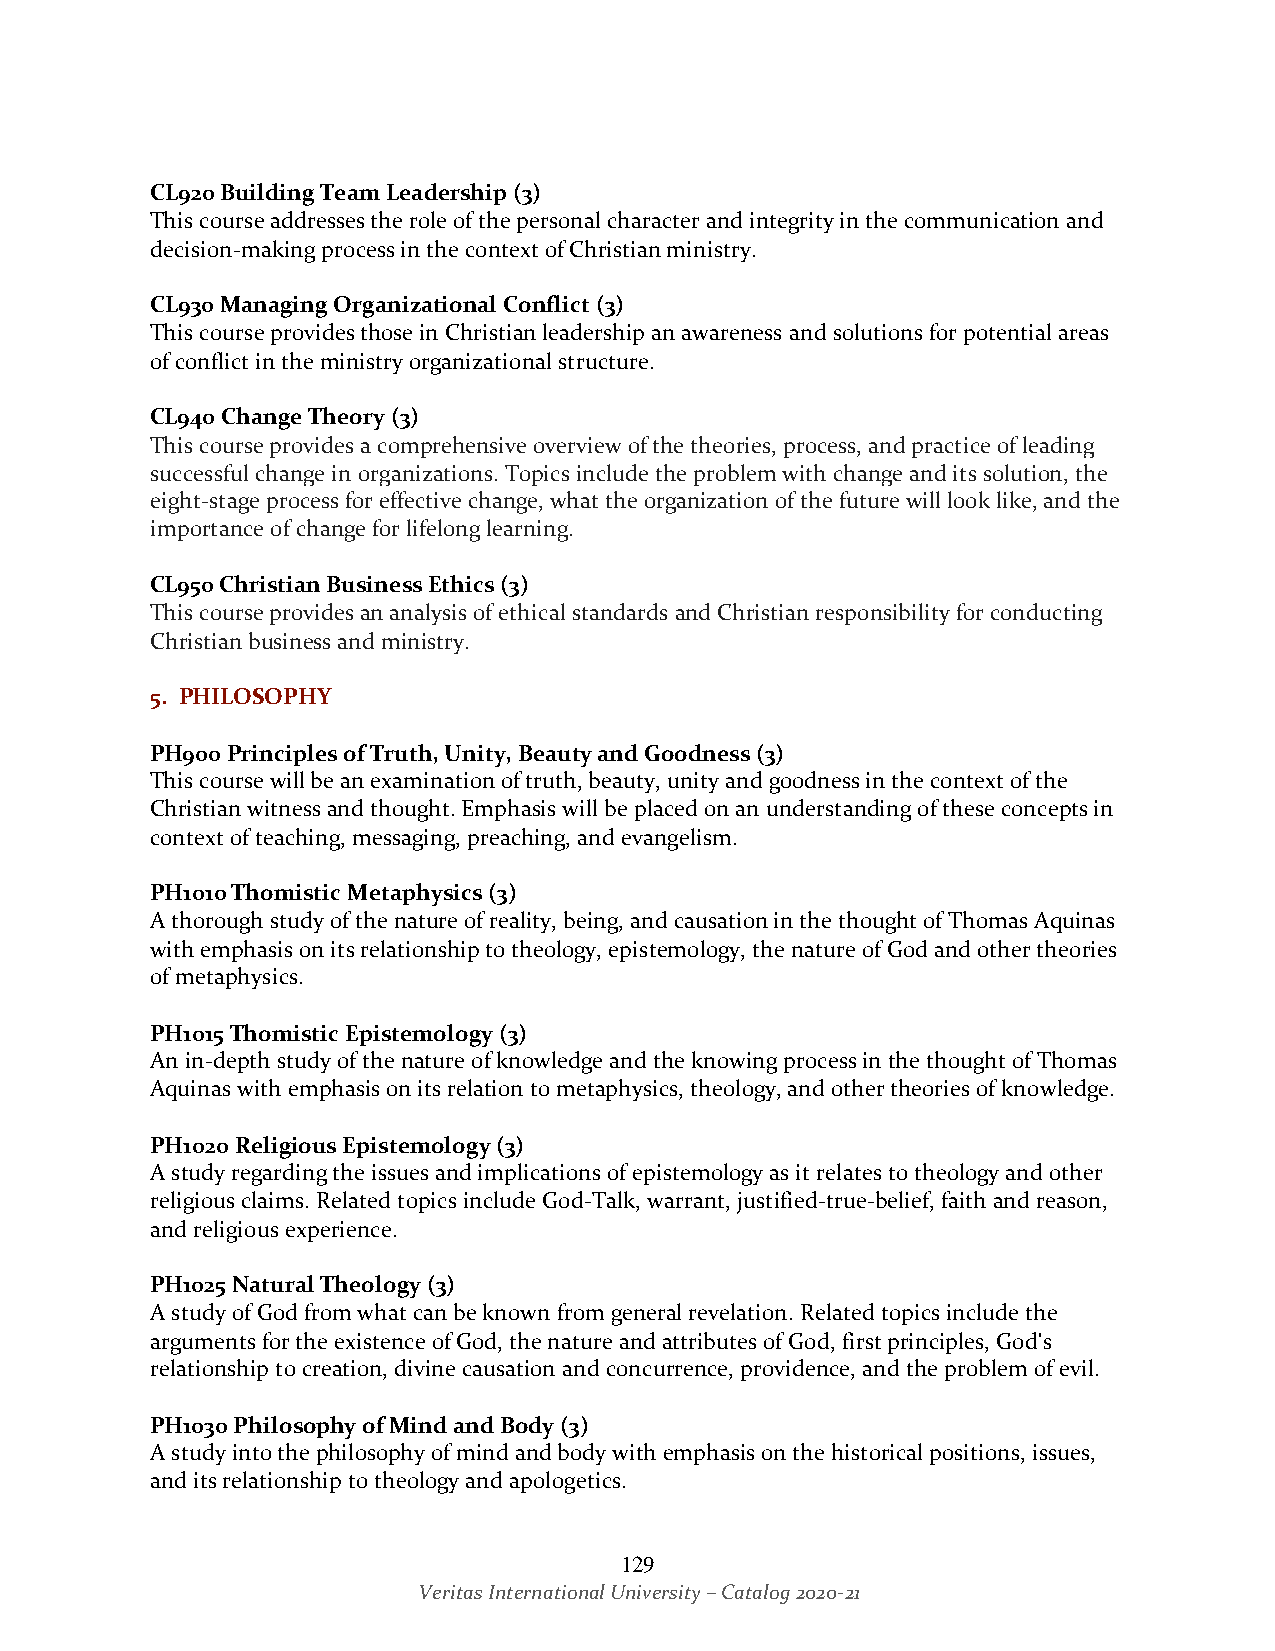
CL920 Building Team Leadership (3)
 This course addresses the role of the personal character and integrity in the communication and
 decision-making process in the context of Christian ministry.
 CL930 Managing Organizational Conflict (3)
 This course provides those in Christian leadership an awareness and solutions for potential areas
 of conflict in the ministry organizational structure.
 CL940 Change Theory (3)
 This course provides a comprehensive overview of the theories, process, and practice of leading
 successful change in organizations. Topics include the problem with change and its solution, the
 eight-stage process for effective change, what the organization of the future will look like, and the
 importance of change for lifelong learning.
 CL950 Christian Business Ethics (3)
 This course provides an analysis of ethical standards and Christian responsibility for conducting
 Christian business and ministry.
 5. PHILOSOPHY
 PH900 Principles of Truth, Unity, Beauty and Goodness (3)
 This course will be an examination of truth, beauty, unity and goodness in the context of the
 Christian witness and thought. Emphasis will be placed on an understanding of these concepts in
 context of teaching, messaging, preaching, and evangelism.
 PH1010 Thomistic Metaphysics (3)
 A thorough study of the nature of reality, being, and causation in the thought of Thomas Aquinas
 with emphasis on its relationship to theology, epistemology, the nature of God and other theories
 of metaphysics.
 PH1015 Thomistic Epistemology (3)
 An in-depth study of the nature of knowledge and the knowing process in the thought of Thomas
 Aquinas with emphasis on its relation to metaphysics, theology, and other theories of knowledge.
 PH1020 Religious Epistemology (3)
 A study regarding the issues and implications of epistemology as it relates to theology and other
 religious claims. Related topics include God-Talk, warrant, justified-true-belief, faith and reason,
 and religious experience.
 PH1025 Natural Theology (3)
 A study of God from what can be known from general revelation. Related topics include the
 arguments for the existence of God, the nature and attributes of God, first principles, God's
 relationship to creation, divine causation and concurrence, providence, and the problem of evil.
 PH1030 Philosophy of Mind and Body (3)
 A study into the philosophy of mind and body with emphasis on the historical positions, issues,
 and its relationship to theology and apologetics.
 129
 Veritas International University – Catalog 2020-21